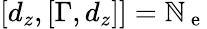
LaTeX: \left[d_{z},\left[\Gamma,d_{z}\right]\right]=\mathbb{N}_{\mathrm{{~e~}}}